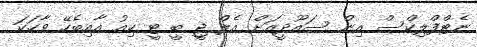
ނެޓްފްލިކްސް އިން ސައޫދީއަށް އެލް ޖީ ބީ ޓީ ކިއު އާއިބެހޭ ވާހަކަ